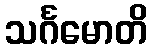
သင်္ဂမောတိ